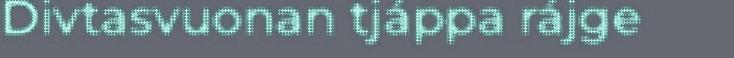
Divtasvuonan tjáppa rájge